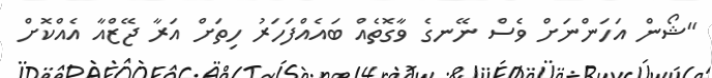
"ޝޯން އަހަންނަށް ވެސް ނޭނގެ ވާގޮތެއް ބައެއްފަހަރު ހިތަށް އަރާ ޖޭޒްއާ އެއްކޮށް